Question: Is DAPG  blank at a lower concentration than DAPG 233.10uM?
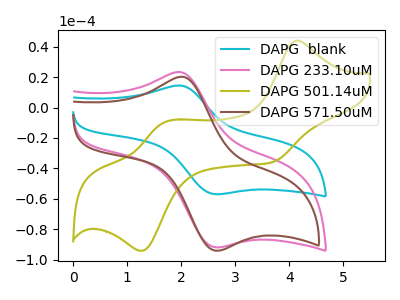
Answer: <think>The cyan curve "DAPG  blank" has an anodic peak at (2.00V, 14.30uA) and a cathodic peak at (2.65V, -56.95uA). The pink curve "DAPG 233.10uM" has an anodic peak at (2.00V, 23.10uA) and a cathodic peak at (2.65V, -91.80uA). The olive curve "DAPG 501.14uM" has anodic peaks at (4.10V, 43.95uA) (1.70V, -9.80uA) and cathodic peaks at (3.70V, -35.85uA) (1.30V, -94.10uA). The brown curve "DAPG 571.50uM" has an anodic peak at (2.00V, 20.20uA) and a cathodic peak at (2.70V, -94.10uA).
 All the peaks in "DAPG 233.10uM" have a peak in "DAPG  blank" at the same potential. Every peak in "DAPG 233.10uM" is higher than every peak in "DAPG  blank".</think>
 <answer>"DAPG 233.10uM" has more signal than "DAPG  blank" and so likely has a higher concentration.</answer>
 <eval>more_concentration</eval>